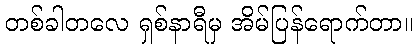
တစ်ခါတလေ ရှစ်နာရီမှ အိမ်ပြန်ရောက်တာ။